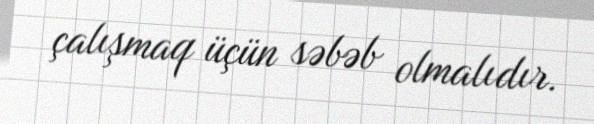
çalışmaq üçün səbəb olmalıdır.